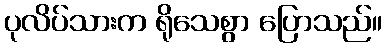
ပုလိပ်သားက ရိုသေစွာ ပြောသည်။